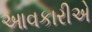
આવકારીએ